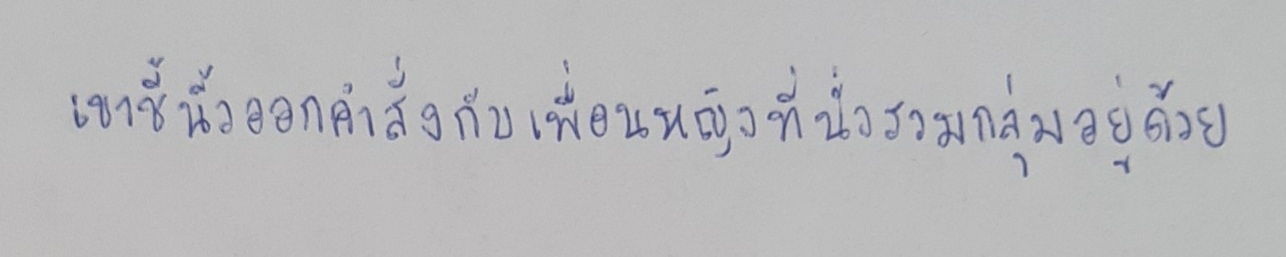
เขาชี้นิ้วออกคำสั่งกับเพื่อนหญิงที่นั่งรวมกลุ่มอยู่ด้วย